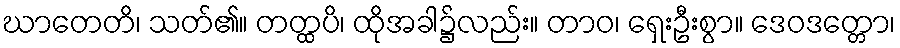
ဃာတေတိ၊ သတ်၏။ တတ္ထပိ၊ ထိုအခါ၌လည်း။ တာဝ၊ ရှေးဦးစွာ။ ဒေဝဒတ္တော၊